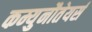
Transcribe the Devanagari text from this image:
कम्युनौतेयर्स